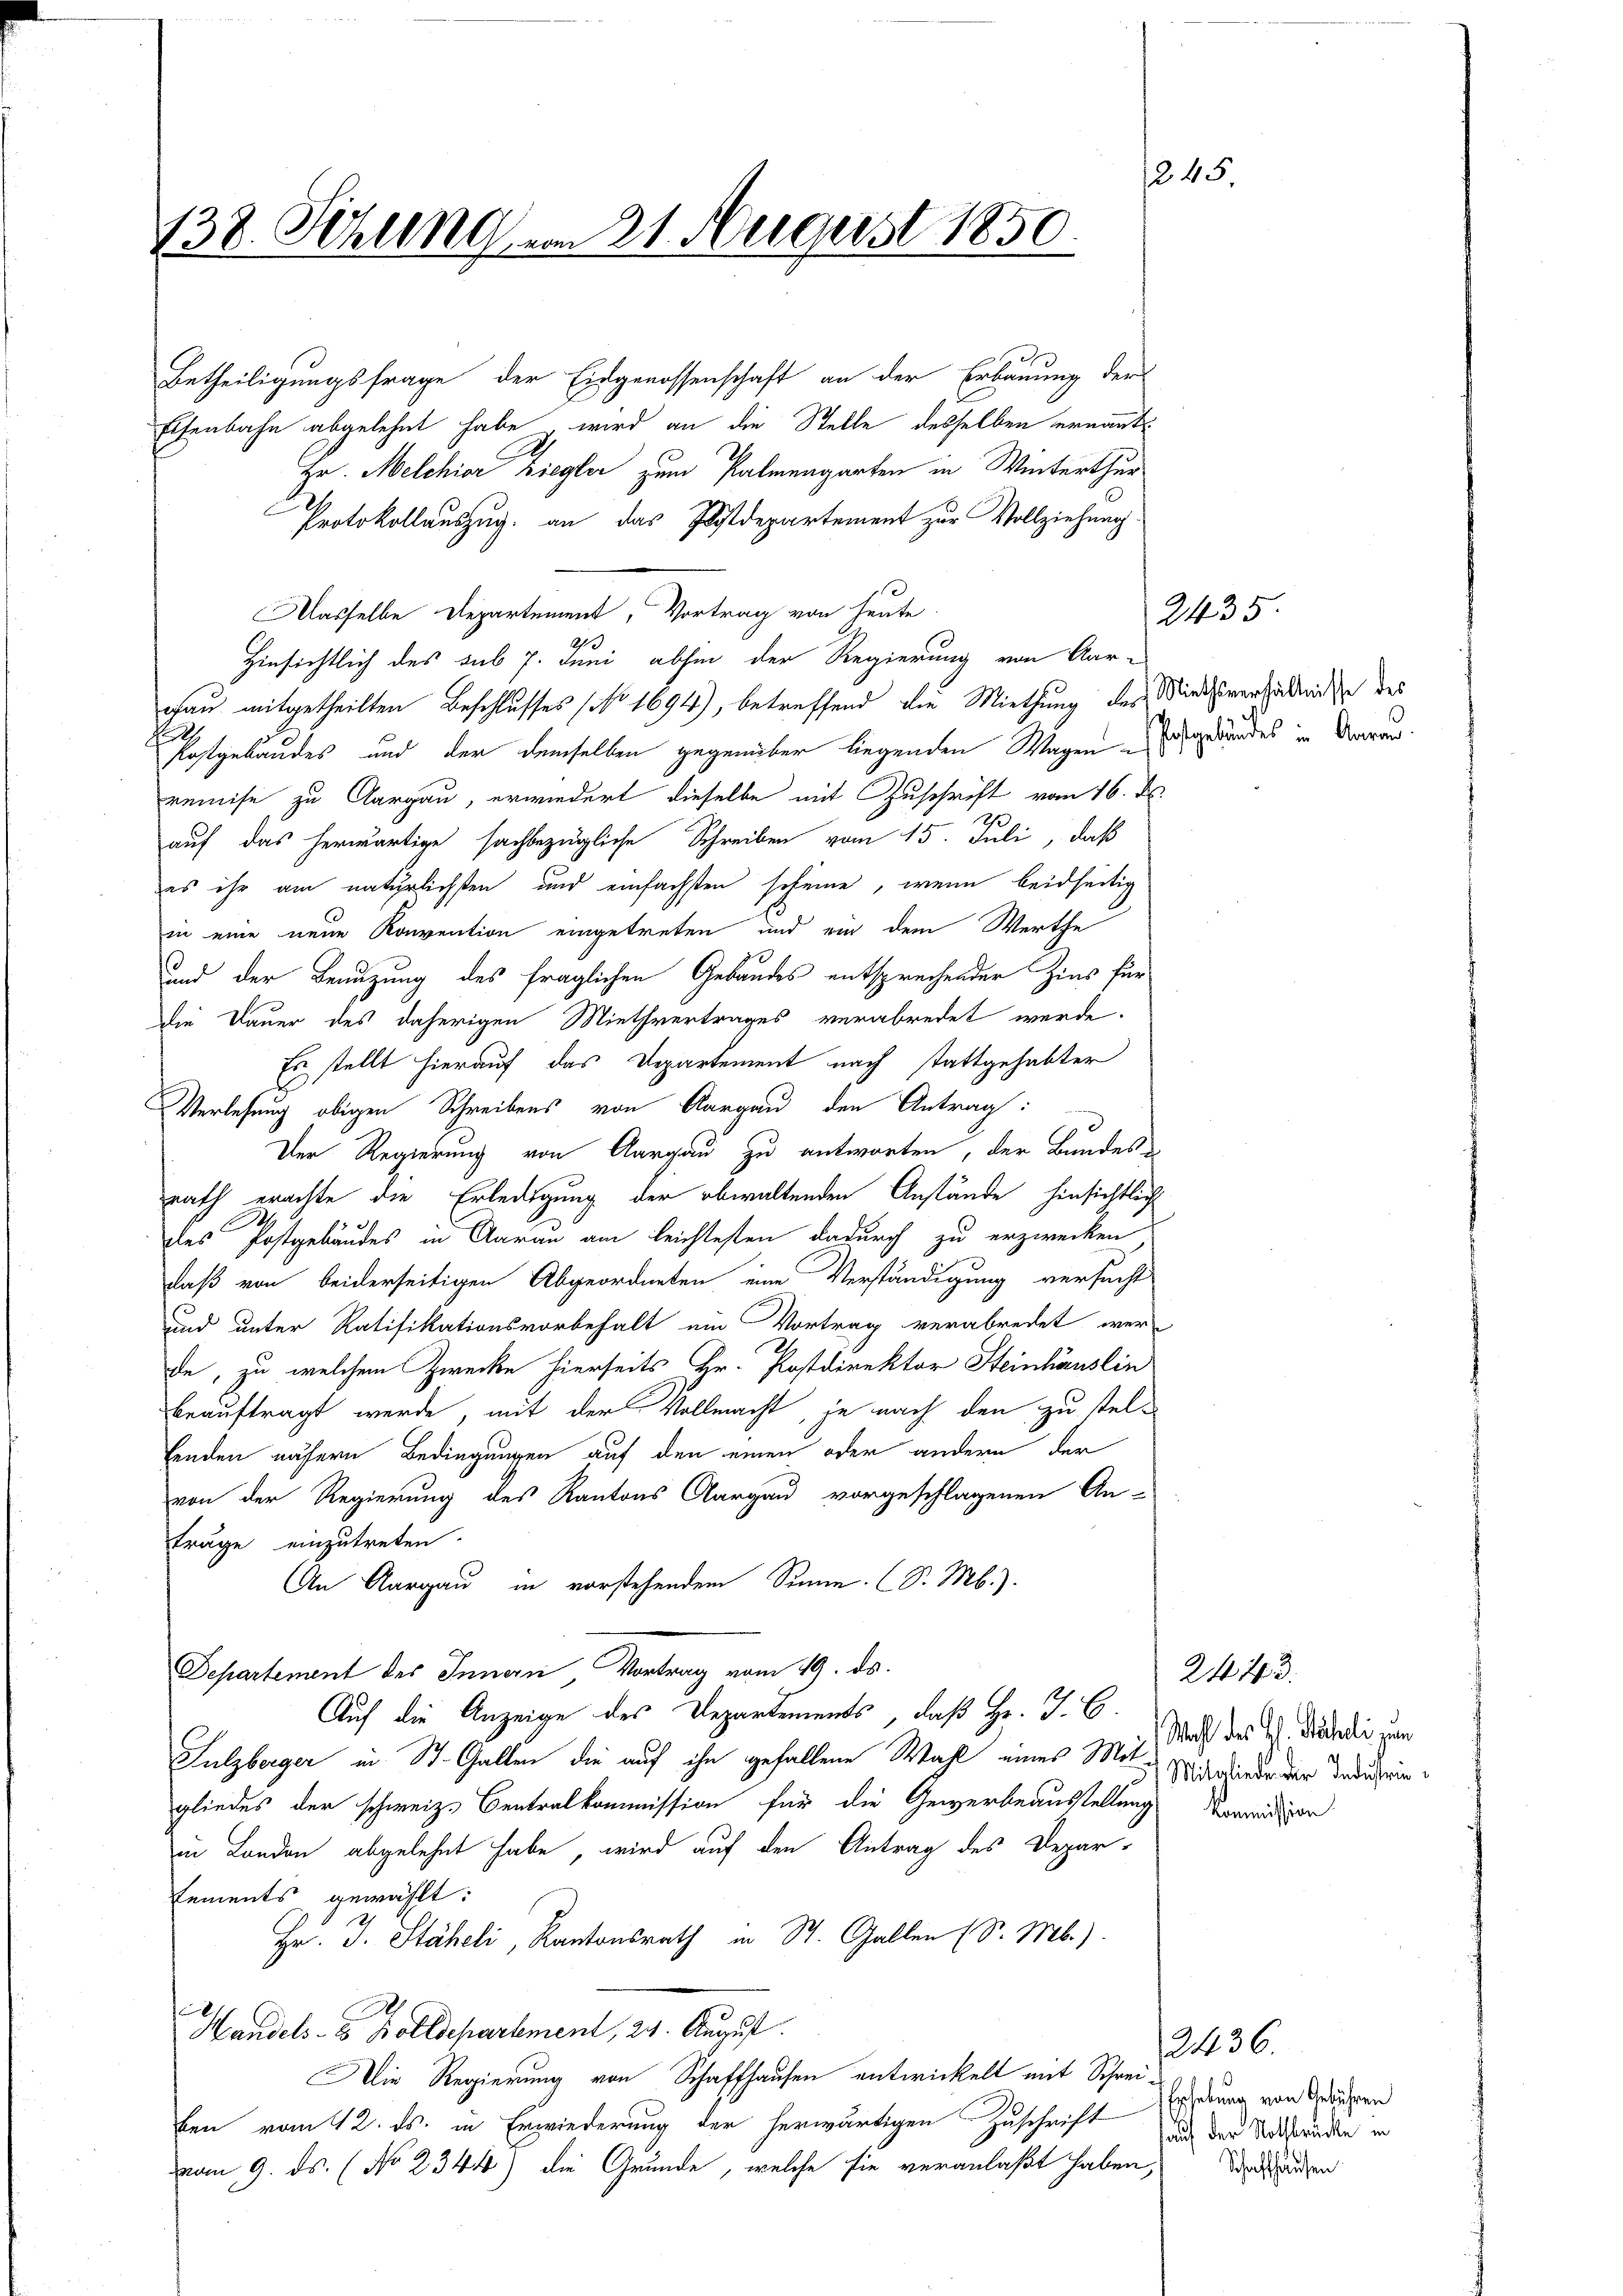
138. Sitzung am 21. August 1850.

Betheiligungsfrage der Eidgenossenschaft an der Erbauung der
Elsenbahn abgelehnt habe, wird an die Stelle desselben ernannt
Hr. Melchior Ziegler zum Palmengarten in Winterthur
Protokollauszug. an das Postdepartement zur Vollziehung.
Wasselbe Departement, Vortrag von heute
23
Hinsichtlich des sub 7. Juni abhin der Regierung von Aar-
gau mitgetheilten Beschlusses No 1694), betreffend die Miethung des Mindsverhaltenden des
.
Kostgebäudes und der demselben gegenüber liegenden Wagen Ergebundes in daran.
remise zu Aargau, erwiedert dieselbe mit Zuschrift vom 16. d.
auf das herwärtige sachbezügliche Schreiben vom 15. Juli, daß
es ihr am natürlichsten und einfachsten scheine, wenn beidseitig
in eine neue Konvention eingetreten und ein dem Werthe
und der Benuzung des fraglichen Gebäudes entsprechender Zins für
die Dauer des daherigen Miethvertrages verabredet werde.
Es stellt hierauf das Departement nach stattgehabter
Verlesung obigen Schreibens von Aargau den Antrag:
Der Regierung von Aargau zu antworten, der Bundes-
rath erachte die Erledigung der obwaltenden Anstände hinsichtlich
des Postgebäudes in Aarau am leichtesten dadurch zu erzwecken
daß von beiderseitigen Abgeordneten eine Verständigung versucht
und unter Ratifikationsvorbehalt ein Vortrag verabredet wer-
2
de, zu welchem Zwecke hierseits Hr. Postdirektor Steinhäuslin
beauftragt werde, mit der Vollmacht, je nach den zu stelfenden nähern Bedingungen auf den einen oder andern der
von der Regierung des Kantons Aargau vorgeschlagenen An-
träge einzutreten.
An Aargau in vorstehendem Sinne. (S. Mb.).
Departement des Innern, Vortrag vom 19. ds.
Auf die Anzeige des Departements, daß Hr. J. C.
Sulzberger in St. Gallen, die auf ihn gefallene Wahl eines Mit Mitglieder der dediengliedes der schweiz. Centralkommission für die Gewerbeausstellung
in London abgelehnt habe, wird auf den Antrag des Depar-
Eements gewählt:
Hr. J. Stäheli, Kantonsrath in St. Gallen (S. Mb.).
Handels- Bolldepartement, 24. August.
Die Regierung von Schaffhausen entwickelt mit Schreiben vom 12. ds. in Erwiederung der herwärtigen Zuschrift aus der Notständen in
vom 9. ds. (No 2344) die Grunde, welche sie veranlaßt haben, dass den

245.

2435.

2443.
Wahl des Hl. Stäheli zum

Kommission

2436.
Erhebung von Gebühren